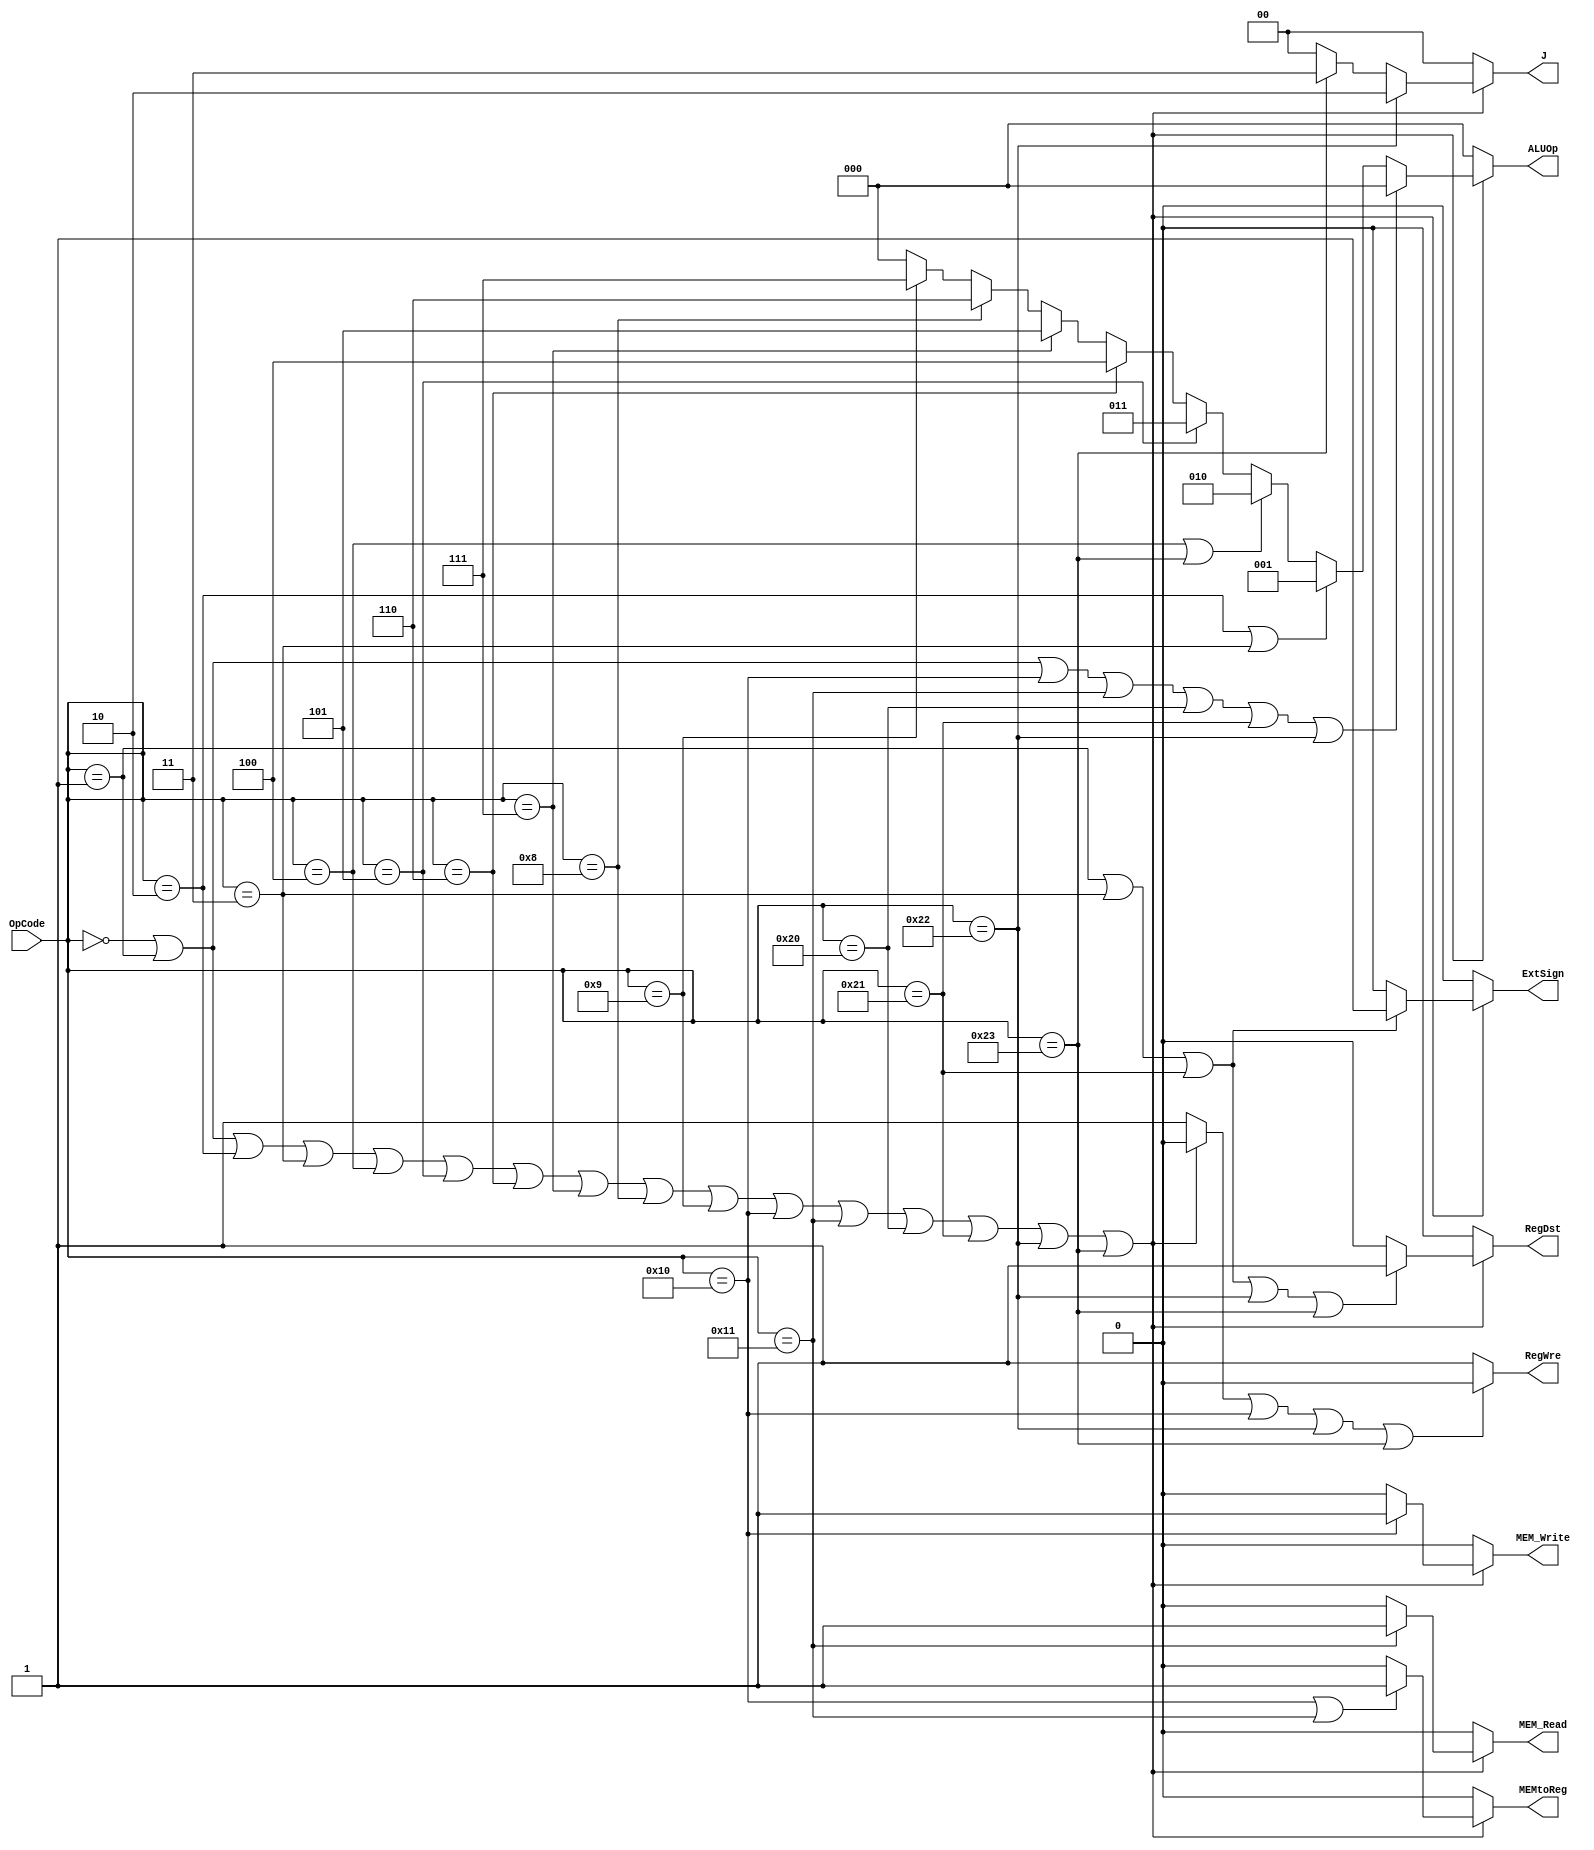
`timescale 1ns / 1ps
module CU(
  input [5:0] OpCode,
  
  output RegWre,  // enable regfile to write
  output RegDst,  //00->EX_addr = RT, 01->EX_addr = RD, 10->EX_addr = RS, 11->exception
  // as you can see, this signal have new meaning
  output [1:0] J,
  //output [1:0] PCSrc,
  output MEM_Read,  // 1->enable ram to read
  output MEM_Write,  // 1->enable ram to write
  output MEMtoReg,  // 0->ALUData>>Reg, 1->MEMData>>Reg
  //output ALUSrcA,  // is this useful?
  //output ALUSrcB,  // 0->SrcB exists, 1->SrcB=0
  //is this useful?
  output ExtSign,  // this imme should be extended
  output [2:0] ALUOp
  );
  
  wire exception;
  assign exception = 
    (OpCode == 6'b000000 ||  //add
     OpCode == 6'b000001 ||  //addi
     OpCode == 6'b000010 ||  //sub
     OpCode == 6'b000011 ||  //subi
     OpCode == 6'b000100 ||  //cmp
     OpCode == 6'b000101 ||  //cmps
     OpCode == 6'b000110 ||  //sl
     OpCode == 6'b000111 ||  //sr
     OpCode == 6'b001000 ||  //or
     OpCode == 6'b001001 ||  //and
     OpCode == 6'b010000 ||  //mw
     OpCode == 6'b010001 ||  //mr
     OpCode == 6'b100000 ||  //mov
     OpCode == 6'b100001 ||  //movi [0,rt,immediate]
     OpCode == 6'b100010 ||  //jmp
     OpCode == 6'b100011)    //jb
     ? 1'b0 : 1'b1;

  assign RegWre =
         (exception ||
          OpCode == 6'b010000 ||
          OpCode == 6'b100010 ||
          OpCode == 6'b100011) ? 1'b0 : 1'b1;
          
  assign RegDst = 
          exception ? 1'b0 :
          (OpCode == 6'b000001 ||
           OpCode == 6'b000011 ||
           OpCode == 6'b100001 ||
           OpCode == 6'b100010 ||
           OpCode == 6'b100011) ? 1'b1 : 1'b0;
           
  assign J =
          exception ? 2'b00 :
          (OpCode == 6'b100010) ? 2'b10 :
          (OpCode == 6'b100011) ? 2'b11 : 2'b00;
  /*
  assign PCSrc =
          exception ? 2'b11 :
          OpCode == 6'b100010 ? 2'b10 :
          OpCode == 6'b100011 ? 2'b01 : 2'b00;
  */
  assign MEM_Read = 
          exception ? 1'b0 :
          (OpCode == 6'b010001) ? 1'b1 : 1'b0;
  
  assign MEM_Write = 
          exception ? 1'b0 :
          (OpCode == 6'b010000) ? 1'b1 : 1'b0;
  
  assign MEMtoReg = 
          exception ? 1'b0 :
          (OpCode == 6'b010000 ||
           OpCode == 6'b010001) ? 1'b1 : 1'b0;
  
  /**
  assign ALUSrcA =
  
  
  assign ALUSrcB = 
          exception ? 1'b1 :
          (OpCode == 6'b010000 ||
           OpCode == 6'b010001 ||
           OpCode == 6'b100000 ||
           OpCode == 6'b100001) ? 1'b1 : 1'b0;
  */
  
  assign ExtSign = 
          exception ? 1'b0 :
          (OpCode == 6'b000001 ||
           OpCode == 6'b000011 ||
           OpCode == 6'b100001) ? 1'b1 : 1'b0;
  
  assign ALUOp[2:0] = 
          exception ? 3'b000 :
          (OpCode == 6'b000000 ||
           OpCode == 6'b000001 ||
           OpCode == 6'b010000 ||
           OpCode == 6'b010001 ||
           OpCode == 6'b100000 ||
           OpCode == 6'b100001 ||
           OpCode == 6'b100010) ? 3'b000 :
          (OpCode == 6'b000010 ||
           OpCode == 6'b000011) ? 3'b001 :
          (OpCode == 6'b000100 ||
           OpCode == 6'b100011) ? 3'b010 :
          (OpCode == 6'b000101) ? 3'b011 :
          (OpCode == 6'b000110) ? 3'b100 :
          (OpCode == 6'b000111) ? 3'b101 :
          (OpCode == 6'b001000) ? 3'b110 :
          (OpCode == 6'b001001) ? 3'b111 : 3'b000;
            
endmodule